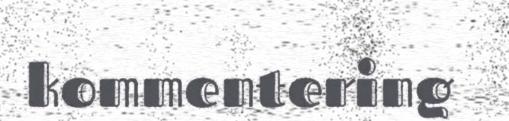
kommentering